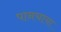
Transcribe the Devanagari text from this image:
पानचाया